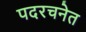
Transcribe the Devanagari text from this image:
पदरचनेत